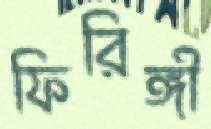
ফিরিঙ্গী